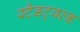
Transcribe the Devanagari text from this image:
स्टैडट्वल्ड